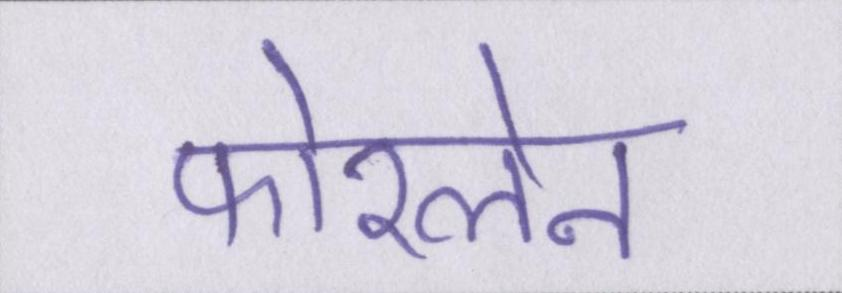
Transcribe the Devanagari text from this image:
फोरलेन